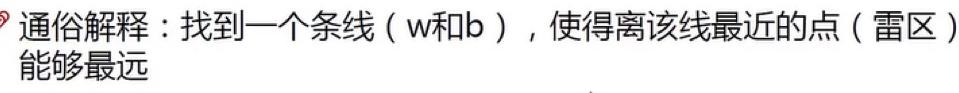
通俗解释：找到一个条线（w和b），使得离该线最近的点（雷区）能够最远